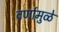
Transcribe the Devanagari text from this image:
वर्णामुळे